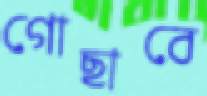
গোছাবে